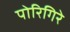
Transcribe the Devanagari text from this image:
पोरिगिरे